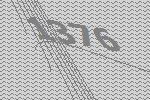
1376